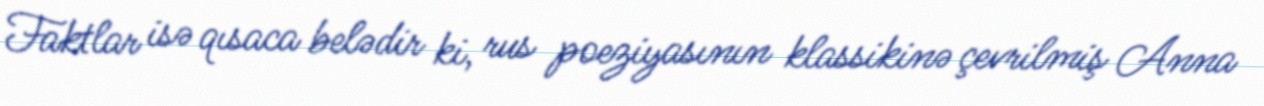
Faktlar isə qısaca belədir ki, rus poeziyasının klassikinə çevrilmiş Anna